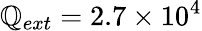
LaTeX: \mathbb{Q}_{ext}=2.7\times10^{4}